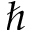
\hbar